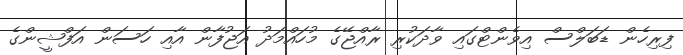
ފިރިހެން ޑަބަލްސް އިވެންޓްގައި ވާދަކުރި ރާއްޖޭގެ މުހައްމަދު އަޖުފާން އާއި ހަސަން އަފްޝީންގެ